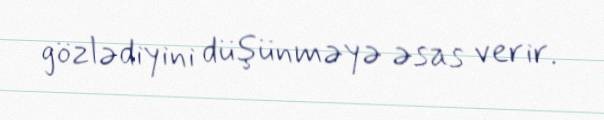
gözlədiyini düşünməyə əsas verir.